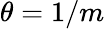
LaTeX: \theta=1/m